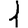
Digit: 1